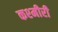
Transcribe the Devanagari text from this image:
कश्‍मीरी